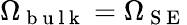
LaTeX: \Omega_{\mathrm{~b~u~l~k~}}=\Omega_{\mathrm{~S~E~}}